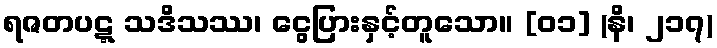
ရဇတပဋ္ဋ သဒိသဿ၊ ငွေပြားနှင့်တူသော။ [၀၁] (နိ၊ ၂၁၇)